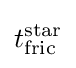
t_{\text{fric}}^{\text{star}}